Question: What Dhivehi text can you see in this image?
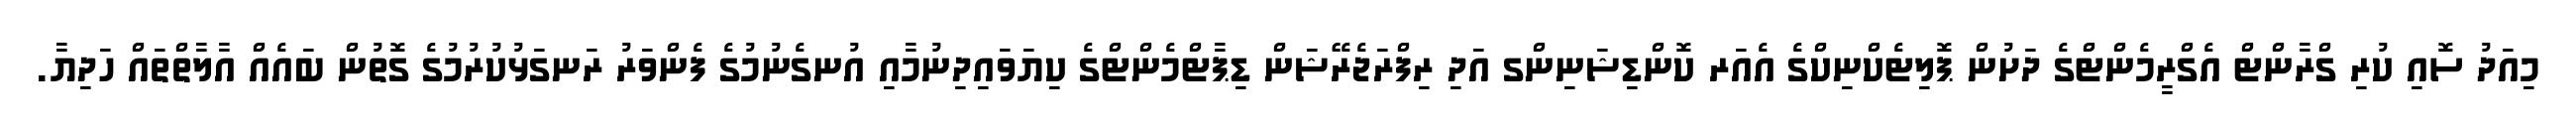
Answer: މިއަދު ސޮއި ކުރި ގްރާންޓް އެގްރީމެންޓްގެ ދަށުން ޕޮލިޓެކްނިކްގެ އެއަރ ކޮންޑިޝަނިންގ އަދި ރިފްރަޖެރޭޝަން ޑިޕާޓްމެންޓްގެ ކިޔަވައިދިނުމާއި އުނގެނުމުގެ ފެންވަރު ރަނގަޅުކުރުމުގެ ގޮތުން ބައެއް އާލާތްތައް ހަދިޔާ.